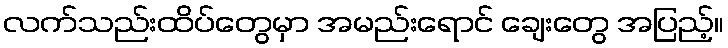
လက်သည်းထိပ်တွေမှာ အမည်းရောင် ချေးတွေ အပြည့်။